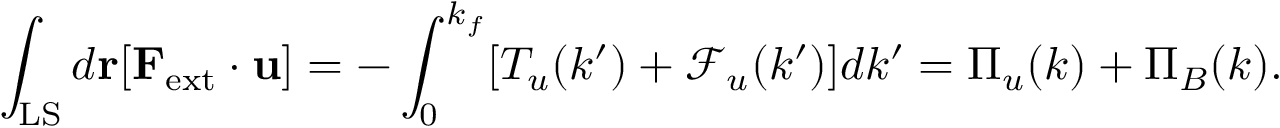
\int _ { \mathrm { L S } } d { \bf r } [ { \bf F } _ { \mathrm { e x t } } \cdot { \bf u } ] = - \int _ { 0 } ^ { k _ { f } } [ T _ { u } ( k ^ { \prime } ) + \mathcal { F } _ { u } ( k ^ { \prime } ) ] d k ^ { \prime } = \Pi _ { u } ( k ) + \Pi _ { B } ( k ) .